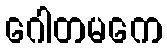
ဂေါတမကေ